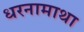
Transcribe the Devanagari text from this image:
धरनामाथा